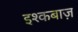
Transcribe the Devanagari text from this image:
इश्कबाज़